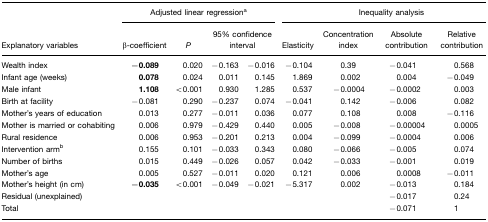
<table><thead><tr><td></td><td colspan="4"><b>Adjusted linear regressiona</b></td><td colspan="4"><b>Inequality analysis</b></td></tr><tr><td><b>Explanatory variables</b></td><td><b>β-coefficient</b></td><td><b><i>P</i></b></td><td colspan="2"><b>95% confidence interval</b></td><td><b>Elasticity</b></td><td><b>Concentration index</b></td><td><b>Absolute contribution</b></td><td><b>Relative contribution</b></td></tr></thead><tbody><tr><td>Wealth index</td><td><b>−0.089</b></td><td>0.020</td><td>−0.163</td><td>−0.016</td><td>−0.104</td><td>0.39</td><td>−0.041</td><td>0.568</td></tr><tr><td>Infant age (weeks)</td><td><b>0.078</b></td><td>0.024</td><td>0.011</td><td>0.145</td><td>1.869</td><td>0.002</td><td>0.004</td><td>−0.049</td></tr><tr><td>Male infant</td><td><b>1.108</b></td><td>&lt;0.001</td><td>0.930</td><td>1.285</td><td>0.537</td><td>−0.0004</td><td>−0.0002</td><td>0.003</td></tr><tr><td>Birth at facility</td><td>−0.081</td><td>0.290</td><td>−0.237</td><td>0.074</td><td>−0.041</td><td>0.142</td><td>−0.006</td><td>0.082</td></tr><tr><td>Mother&#x27;s years of education</td><td>0.013</td><td>0.277</td><td>−0.011</td><td>0.036</td><td>0.077</td><td>0.108</td><td>0.008</td><td>−0.116</td></tr><tr><td>Mother is married or cohabiting</td><td>0.006</td><td>0.979</td><td>−0.429</td><td>0.440</td><td>0.005</td><td>−0.008</td><td>−0.00004</td><td>0.0005</td></tr><tr><td>Rural residence</td><td>0.006</td><td>0.953</td><td>−0.201</td><td>0.213</td><td>0.004</td><td>−0.099</td><td>−0.0004</td><td>0.006</td></tr><tr><td>Intervention armb</td><td>0.155</td><td>0.101</td><td>−0.033</td><td>0.343</td><td>0.080</td><td>−0.066</td><td>−0.005</td><td>0.074</td></tr><tr><td>Number of births</td><td>0.015</td><td>0.449</td><td>−0.026</td><td>0.057</td><td>0.042</td><td>−0.033</td><td>−0.001</td><td>0.019</td></tr><tr><td>Mother&#x27;s age</td><td>0.005</td><td>0.527</td><td>−0.011</td><td>0.020</td><td>0.121</td><td>0.006</td><td>0.0008</td><td>−0.011</td></tr><tr><td>Mother&#x27;s height (in cm)</td><td><b>−0.035</b></td><td>&lt;0.001</td><td>−0.049</td><td>−0.021</td><td>−5.317</td><td>0.002</td><td>−0.013</td><td>0.184</td></tr><tr><td>Residual (unexplained)</td><td></td><td></td><td></td><td></td><td></td><td></td><td>−0.017</td><td>0.24</td></tr><tr><td>Total</td><td></td><td></td><td></td><td></td><td></td><td></td><td>−0.071</td><td>1</td></tr></tbody></table>